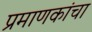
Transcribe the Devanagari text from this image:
प्रमाणकांचा